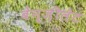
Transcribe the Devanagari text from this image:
बेन्ज़ीलेट